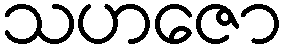
သဟဇော